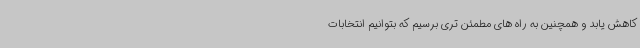
کاهش یابد و همچنین به راه های مطمئن تری برسیم که بتوانیم انتخابات